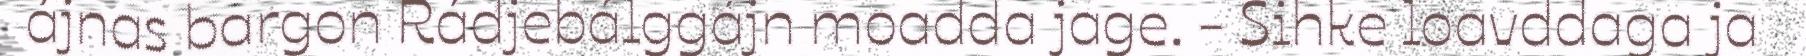
ájnas bargon Rádjebálggájn moadda jage. - Sihke loavddaga ja